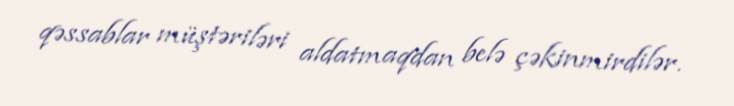
qəssablar müştəriləri aldatmaqdan belə çəkinmirdilər.